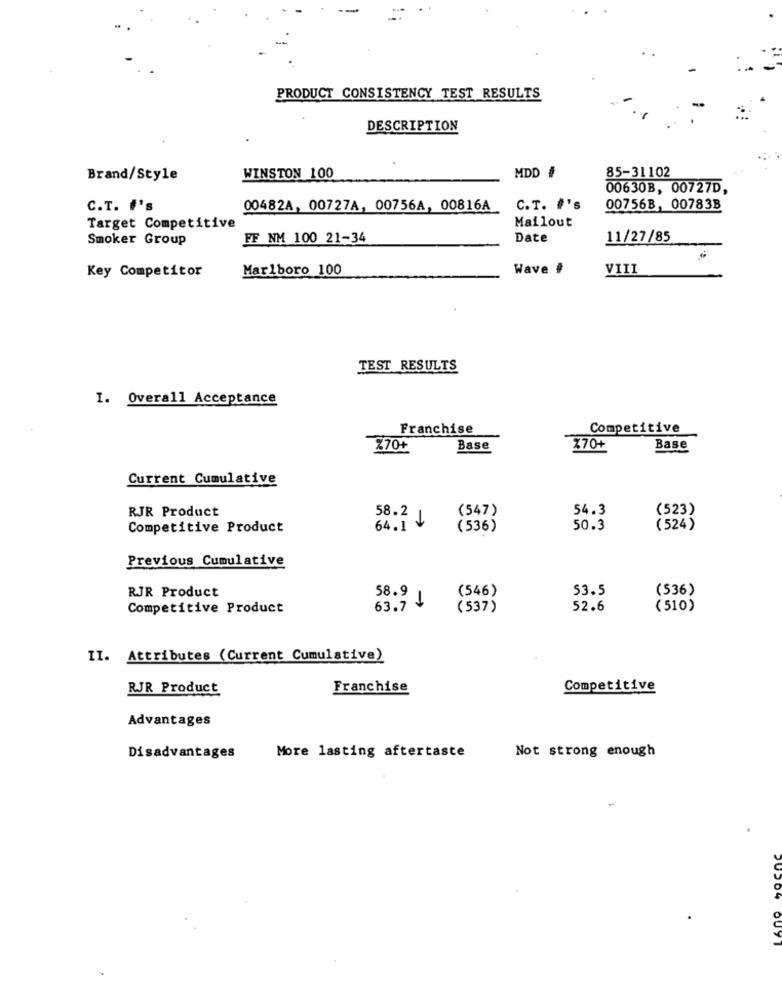
PRODUCT CONSISTENCY TEST RESULTS
DESCRIPTION
85-31102
Brand/Style
WINSTON 100
MDD #
00630B, 00727D,
C.T. #'s
00482A, 00727A, 00756A, 00816A
C.T. #'s
00756B, 00783B
Target Competitive
Mailout
Smoker Group
FF NM 100 21-34
Date
11/27/85
Key Competitor
Marlboro 100
Wave #
VIII
TEST RESULTS
I. Overall Acceptance
Franchise
Competitive
270+
Base
X70+
Base
Current Cumulative
RJR Product
(547)
54.3
(523)
58.2 1
Competitive Product
64.1 V
(536)
50.3
( 524)
Previous Cumulative
RJR Product
(546)
53.5
(536)
58.9
Competitive Product
63.7
(537)
52.6
(510)
II. Attributes (Current Cumulative)
RJR Product
Franchise
Competitive
Advantages
More lasting aftertaste
Not strong enough
Disadvantages
-
OUyT